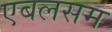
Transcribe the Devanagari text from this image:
एबलसम